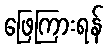
ဖြေကြားရန်